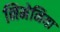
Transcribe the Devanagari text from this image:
निमेनिया